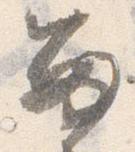
留